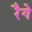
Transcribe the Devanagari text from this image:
रैगे